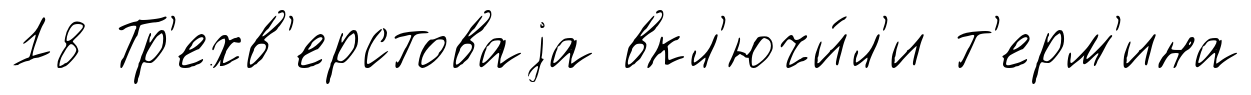
18 Тр'ехв'ерстоваjа вкл'ючи́л'и т'ерм'ина